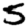
Digit: 5